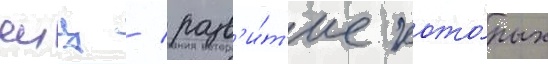
яиц / разв'и́т'ие кото́рых